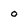
Character: o